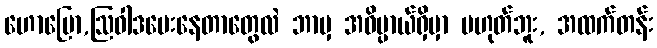
ဟောပြော,ဩဝါဒပေးနေတာတွေလဲ ဘာမှ အဓိပ္ပာယ်ရှိမှာ မဟုတ်ဘူး, အထက်တန်း